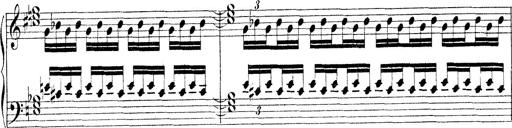
Title: Technische Studien
Composer: Franz Liszt